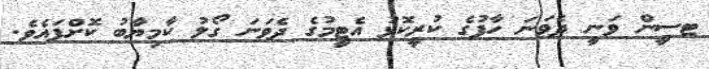
ޓސީން ވަނީ ދެވަނަ ހާފުގެ ކުރީކޮޅު އެޓީމުގެ ދެވަނަ ގޯލު ކާމިޔާބު ކޮށްފައެވެ.